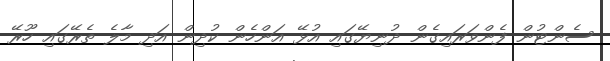
ސެންޓުން ފެންވަރައިގެން ދުނިޔޭގައި އުޅޭ އަންހެން ކުދިން އަދި މާލެ ތެރޭގައި ހޫރޭ